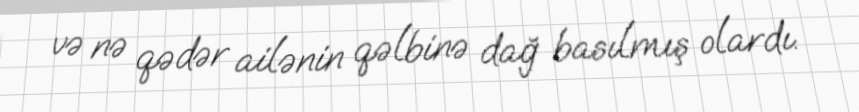
və nə qədər ailənin qəlbinə dağ basılmış olardı.